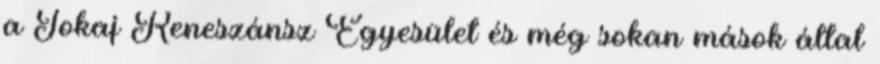
a Tokaj Reneszánsz Egyesület és még sokan mások által